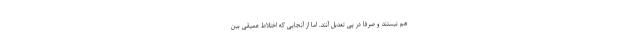
هم نیستند و صرفا در پی تعدیل آنند. اما از آنجایی که اختلاط عمیقی بین